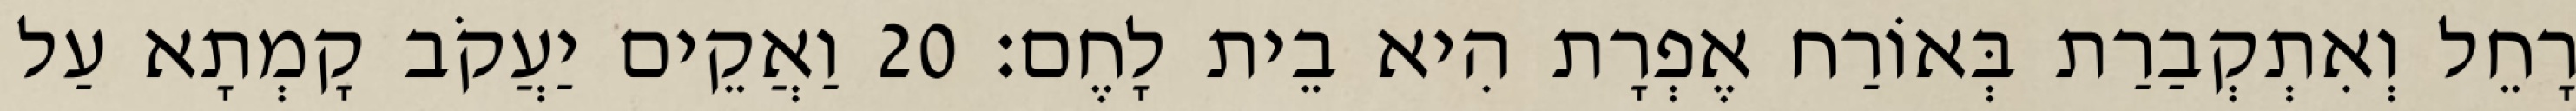
רָחֵל וְאִתְקְבַרַת בְּאוֹרַח אֶפְרָת הִיא בֵית לָחֶם׃ 20 וַאֲקֵים יַעֲקֹב קָמְתָא עַל